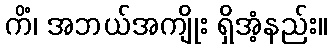
ကိံ၊ အဘယ်အကျိုး ရှိအံ့နည်း။